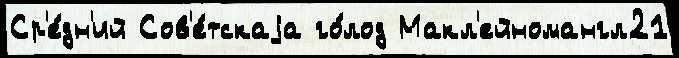
Ср'е́дн'ий Сов'е́тскаjа го́лод Макл'ейномангл21